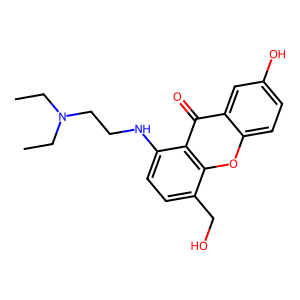
SMILES: CCN(CC)CCNc1ccc(CO)c2oc3ccc(O)cc3c(=O)c12
Inhibits HIV replication: No